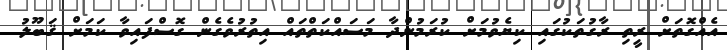
އެއްގޮތަށް ރީތި ރާގުތަކުގައި ކިޔެވުމަށް ކުރަމުންދާ މަސައްކަތްތައް އިތުރުވެގެން ގޮސްފައިވާ ކަމަށް ޤަބޫލު